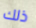
ذلك